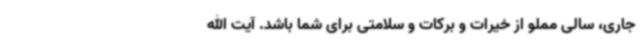
جاری، سالی مملو از خیرات و برکات و سلامتی برای شما باشد. آیت الله